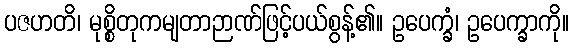
ပဇဟတိ၊ မုစ္စိတုကမျတာဉာဏ်ဖြင့်ပယ်စွန့်၏။ ဥပေက္ခံ၊ ဥပေက္ခာကို။